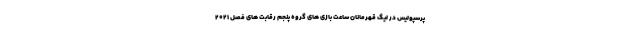
پرسپولیس در لیگ قهرمانان ساعت بازی های گروه پنجم رقابت های فصل ۲۰۲۱